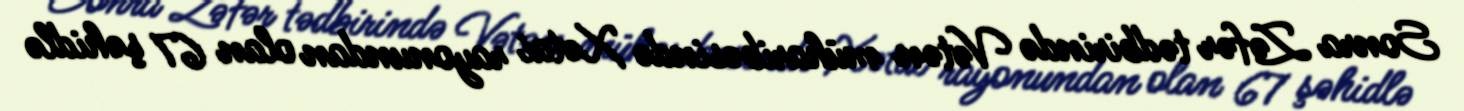
Sonra Zəfər tədbirində Vətən müharibəsində Xətai rayonundan olan 67 şəhidlə